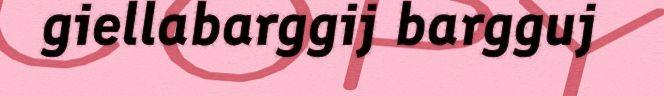
giellabarggij bargguj